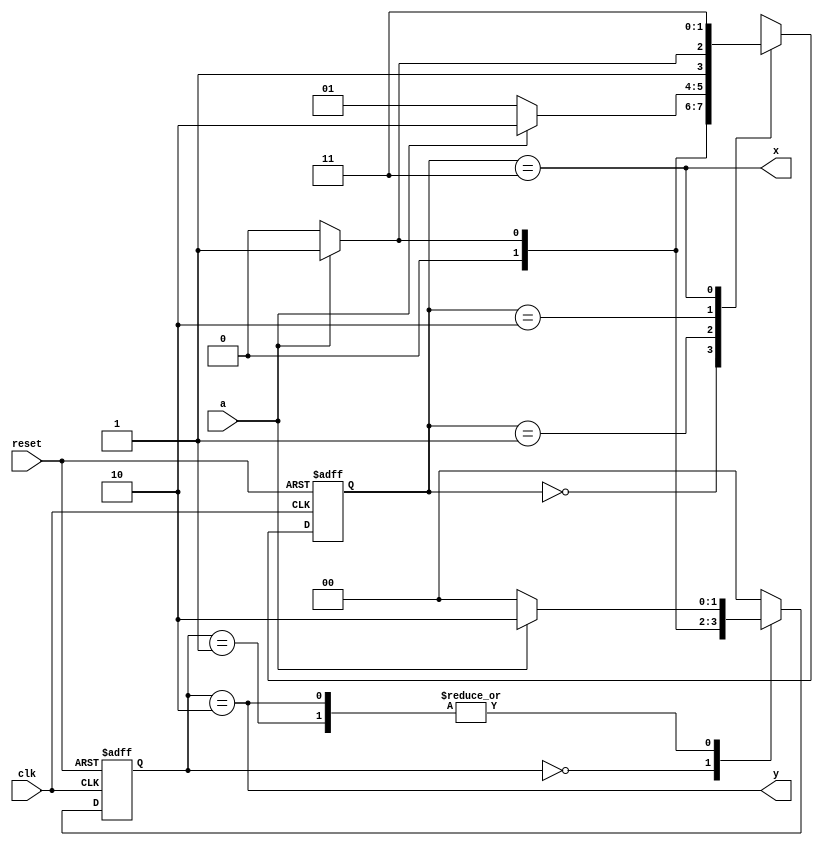
module XY_DIV(
	input clk,reset,
	input a,
	output x,y
);

	reg [1:0]x_state,x_nextstate;
	parameter x0 = 2'b00;
	parameter x1 = 2'b01;
	parameter x2 = 2'b10;
	parameter x3 = 2'b11;
	
	reg [1:0]y_state,y_nextstate;
	parameter y0 = 2'b00;
	parameter y1 = 2'b01;
	parameter y2 = 2'b10;

   always@ (posedge clk, posedge reset)
		if (reset) begin
			x_state <= x0;
			y_state <= y0;
		end
		else       begin
		x_state <= x_nextstate;
		y_state <= y_nextstate;
		end

	always@ (*)
		case(x_state)
			x0: if(a) x_nextstate = x1;
			    else  x_nextstate = x0;
			x1: if(a) x_nextstate = x2;
			    else  x_nextstate = x1;
			x2: if(a) x_nextstate = x3;
			    else  x_nextstate = x2;
			x3:       x_nextstate = x3;
			default:  x_nextstate = x0;
		endcase
			
	always@ (*)
		case(y_state)
			y0: if(a) y_nextstate = y1;
			    else  y_nextstate = y0;
			y1: if(a) y_nextstate = y2;
			    else  y_nextstate = y0;
			y2: if(a) y_nextstate = y2;
			    else  y_nextstate = y0;
			default:  y_nextstate = y0;
		endcase
		
	assign x = (x_state == x3);
	assign y = (y_state == y2);
	
endmodule